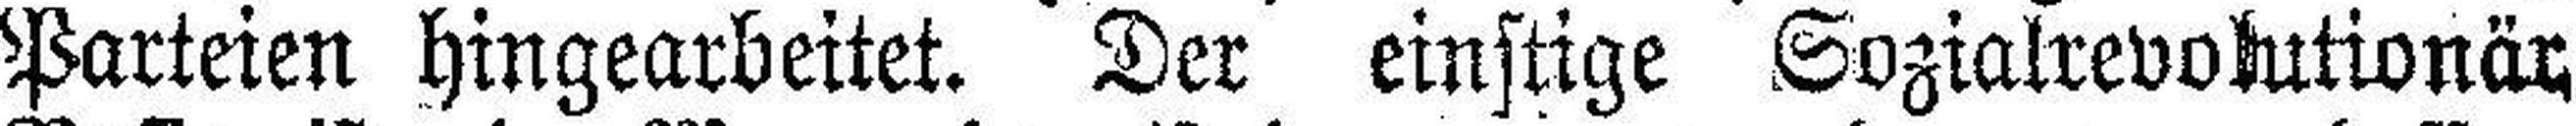
Parteien hingearbeitet. Der einstige Sozialrevolutionär